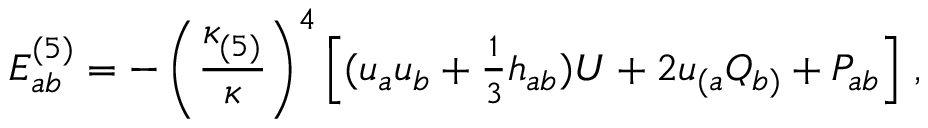
E _ { a b } ^ { ( 5 ) } = - \left( \frac { \kappa _ { ( 5 ) } ^ { } } { \kappa } \right) ^ { 4 } \left[ ( u _ { a } u _ { b } + \textstyle { \frac { 1 } { 3 } } h _ { a b } ) { \cal U } + 2 u _ { ( a } { \cal Q } _ { b ) } + { \cal P } _ { a b } \right] \, ,